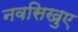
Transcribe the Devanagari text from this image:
नवसिखुए